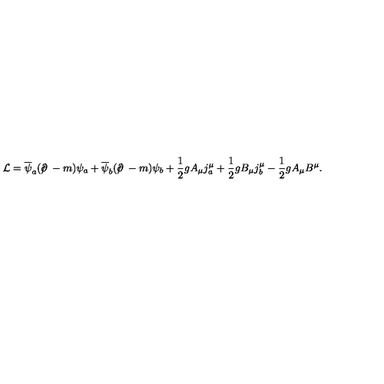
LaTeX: { \cal L } = \overline { { \psi } } _ { a } ( { \ooalign { \hfil / \hfil \crcr \partial } } - m ) \psi _ { a } + \overline { { \psi } } _ { b } ( { \ooalign { \hfil / \hfil \crcr \partial } } - m ) \psi _ { b } + \frac { 1 } { 2 } g A _ { \mu } j _ { a } ^ { \mu } + \frac { 1 } { 2 } g B _ { \mu } j _ { b } ^ { \mu } - \frac { 1 } { 2 } g A _ { \mu } B ^ { \mu } .